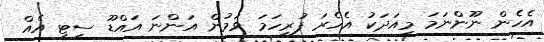
އެހެން ނޫންނަމަ މިއަދަކު އެހެރަ ފުރިހަމަ ވަމުން އަންނަ އައްޑޫ ސިޓީ އެއް